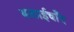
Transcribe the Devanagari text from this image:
बलाईचाँद